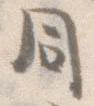
同